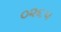
૦૨૬૫